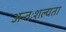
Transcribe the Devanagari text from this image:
अन्तःशल्यता